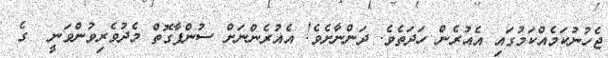
ޖެހުނުކަމެއްކަމުގައި އެއުރެން ހަދަތެވެ. ދަންނާށެވެ! އެއުރެންނަށް ސުންޕާގޮތް މެދުވެރިވުންވަނީ  ގެެެ